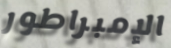
الإمبراطور